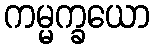
ကမ္မက္ခယော